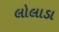
લોલાડા